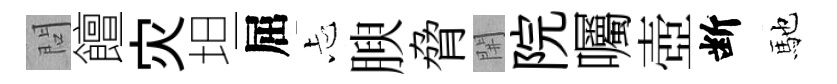
問饘灾坦屈忐腴脅𨳩院囑壺断馳